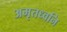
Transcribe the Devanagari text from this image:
अमृतध्वनि